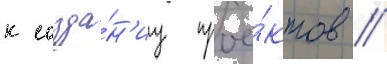
к созда́н'иу прое́ктов /